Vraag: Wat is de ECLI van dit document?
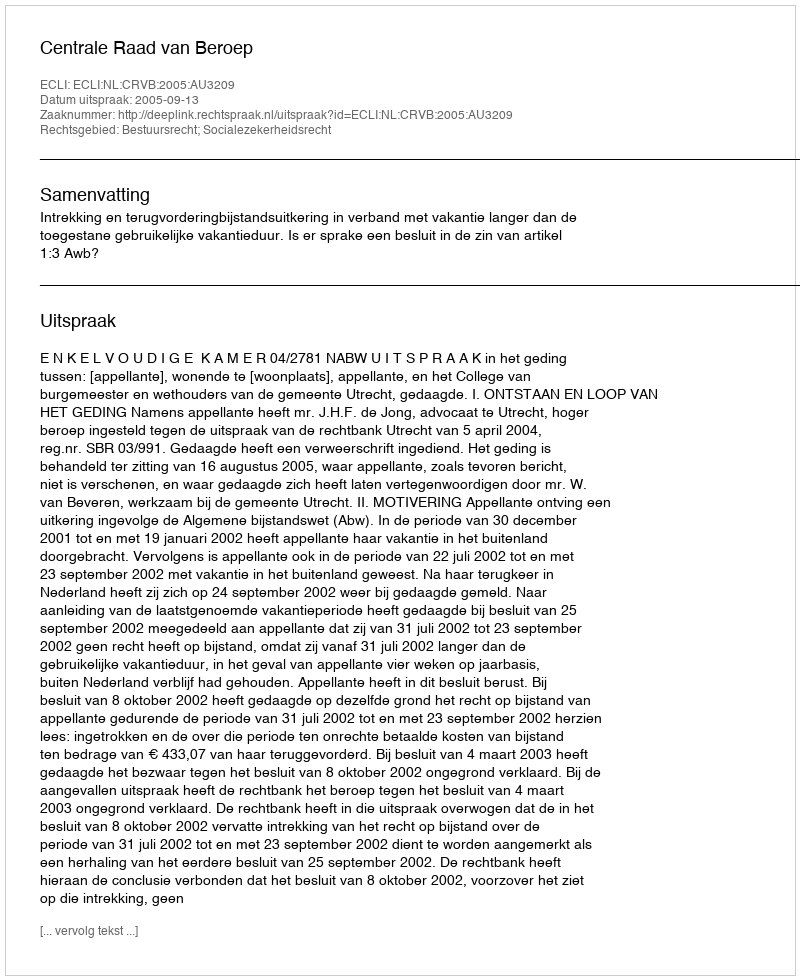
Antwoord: ECLI:NL:CRVB:2005:AU3209